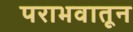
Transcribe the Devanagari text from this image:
पराभवातून